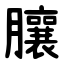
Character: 䑋